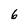
Character: 6